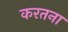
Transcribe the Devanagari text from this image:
करतना